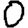
Digit: 0